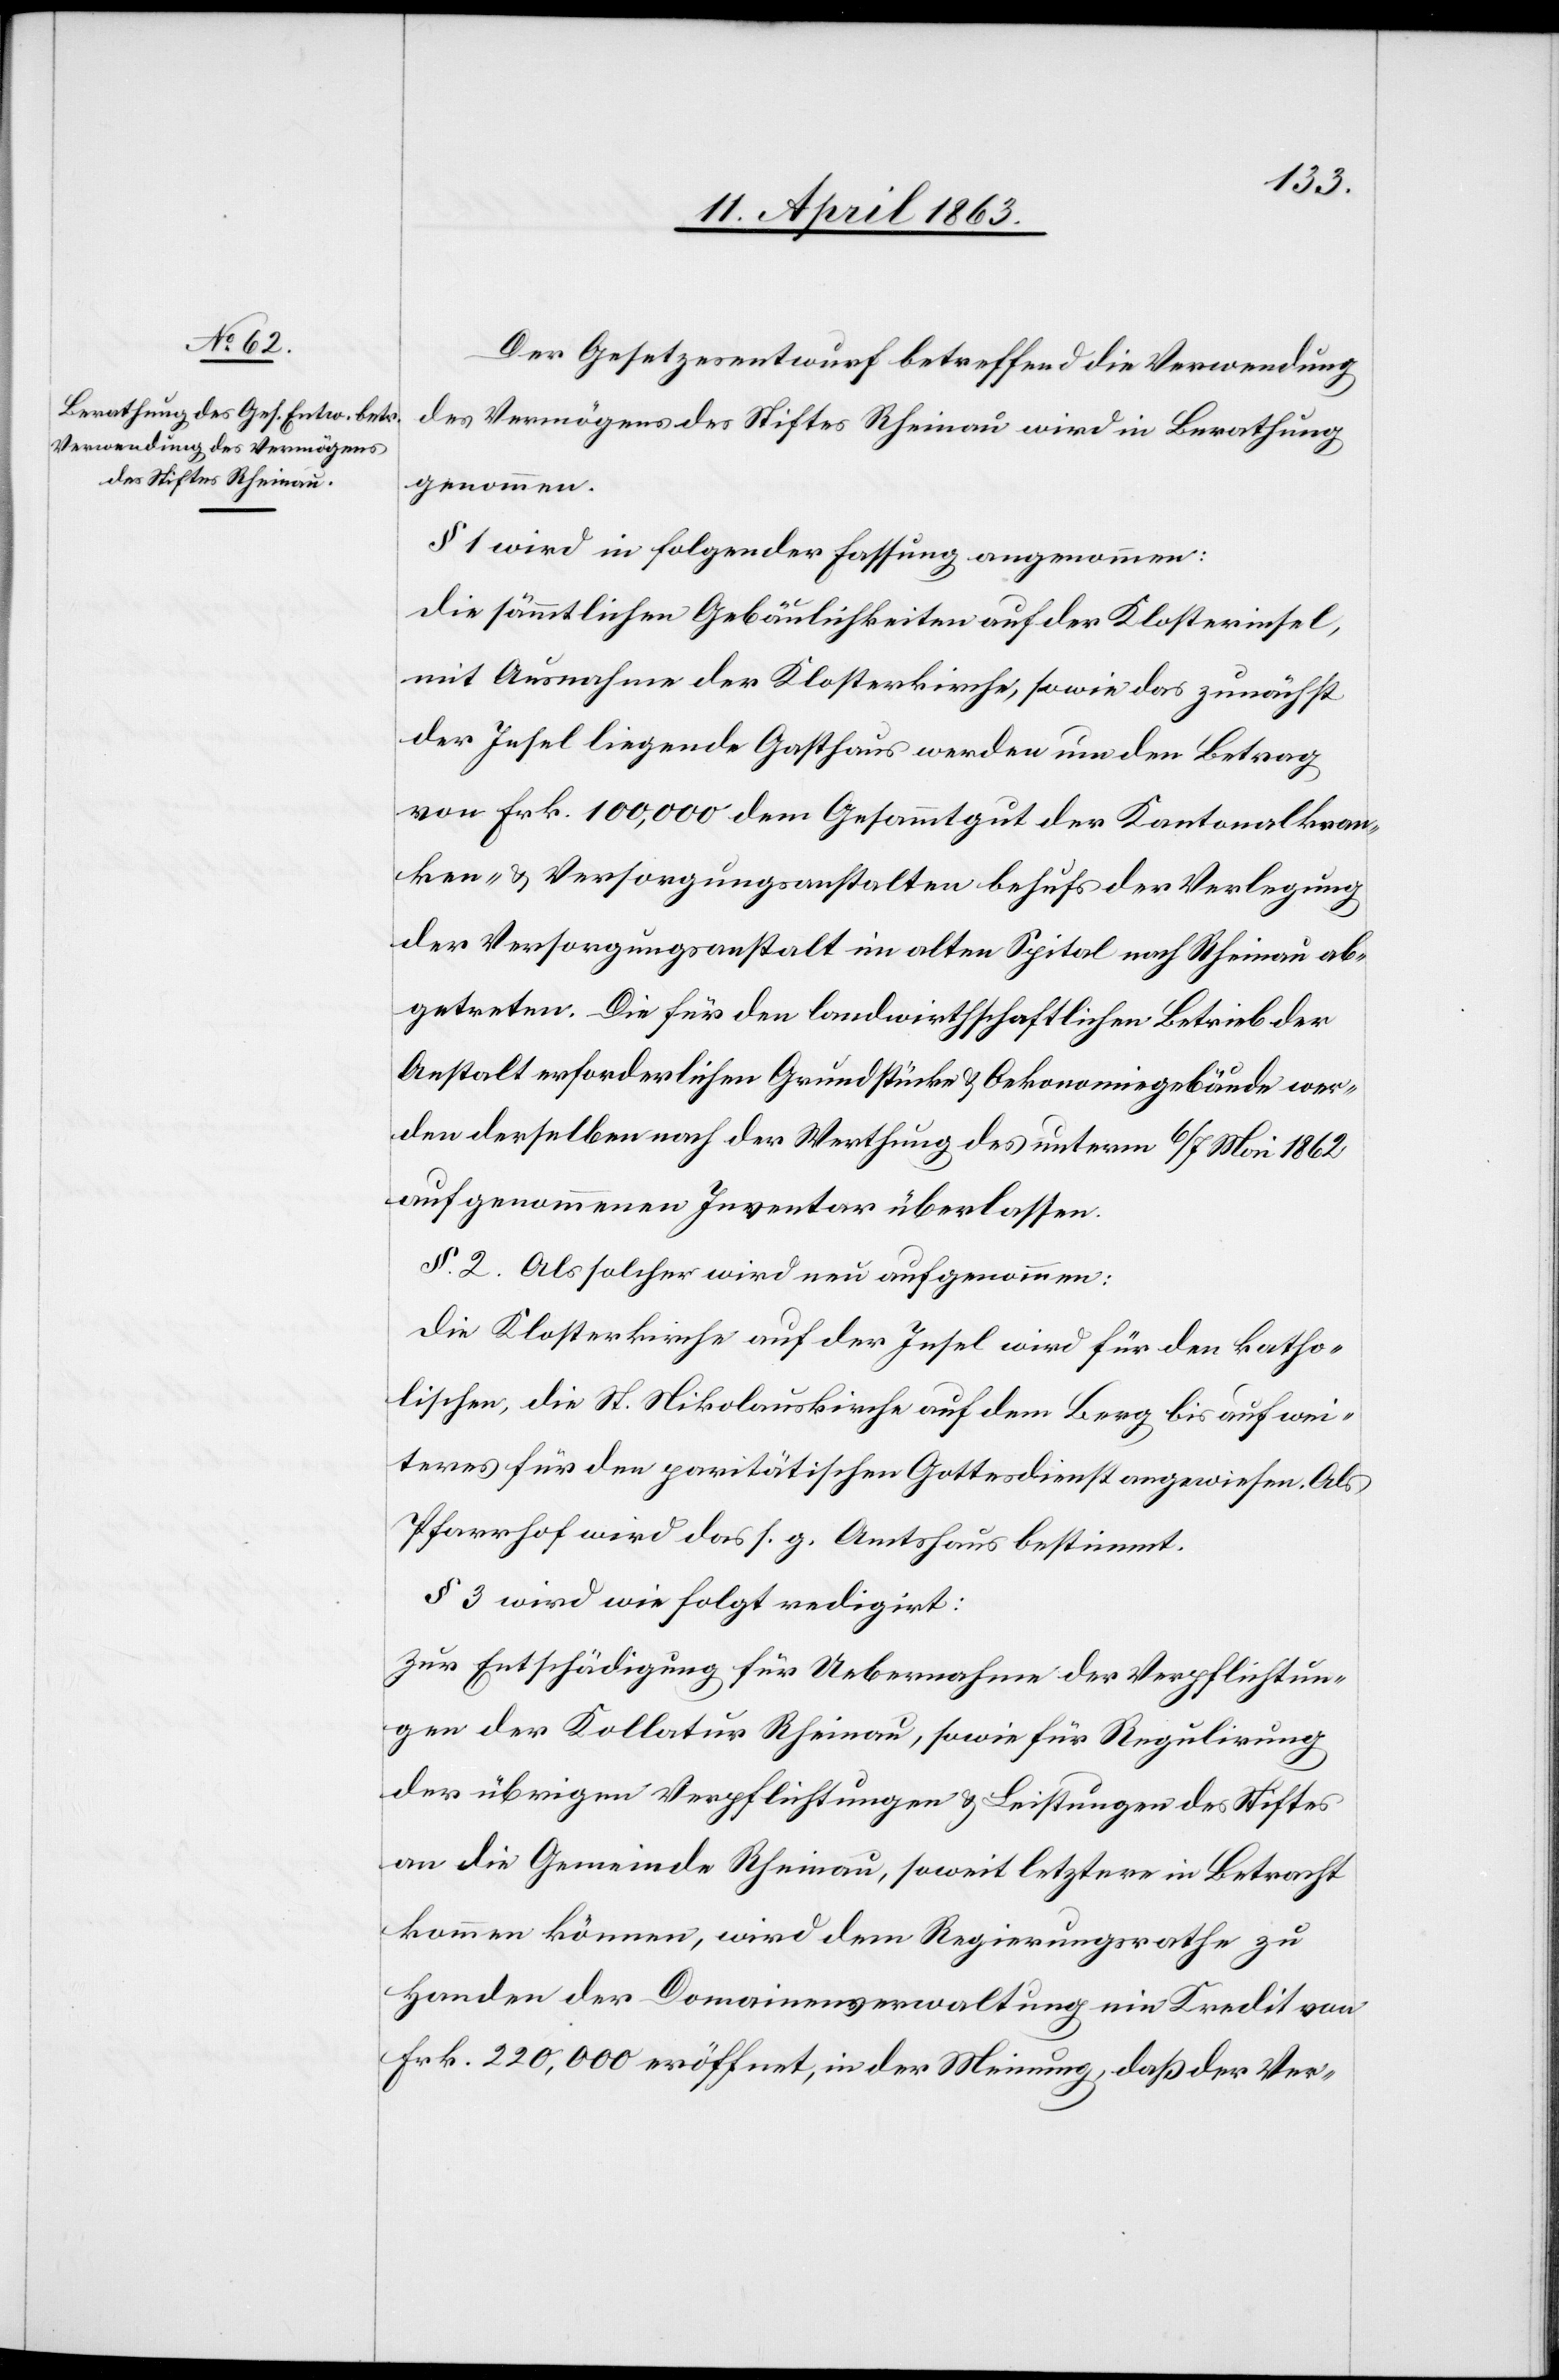
Der Gesetzesentwurf betreffend die Verwendung
des Vermögens des Stiftes Rheinau wird in Berathung
genommen.
§ 1 wird in folgender Fassung angenommen:
die sämmtlichen Gebäulichkeiten auf der Klosterinsel,
mit Ausnahme der Klosterkirche, sowie das zunächst
der Insel liegende Gasthaus werden um den Betrag
von Frk. 100,000 dem Gesammtgut der Kantonalkran¬
ken- & Versorgungsanstalten behufs der Verlegung
der Versorgungsanstalt im alten Spital nach Rheinau ab¬
getreten. Die für den landwirthschaftlichen Betrieb der
Anstalt erforderlichen Grundstücke & Oekonomiegebäude wer¬
den derselben nach der Werthung des unterm 6/7 Mai 1862
aufgenommenen Inventar überlassen.
§. 2. Als solcher wird neu aufgenommen:
Die Klosterkirche auf der Insel wird für den katho¬
lischen, die St. Nikolauskirche auf dem Berg bis auf wei¬
teres für den paritätischen Gottesdienst angewiesen. Als
Pfarrhof wird das s. g. Amtshaus bestimmt.
§ 3 wird wie folgt redigirt:
Zur Entschädigung für Uebernahme der Verpflichtun¬
gen der Kollatur Rheinau, sowie für Regulirung
der übrigen Verpflichtungen & Leistungen der Stiftes
an die Gemeinde Rheinau, soweit letztere in Betracht
kommen können, wird dem Regierungsrathe zur
Handen der Domainenverwaltung ein Kredit von
Frk. 220,000 eröffnet, in der Meinung, daß der Ver-